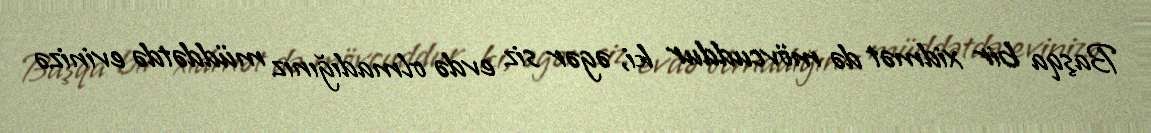
Başqa bir xidmət də mövcuddur ki, əgər siz evdə olmadığınız müddətdə evinizə